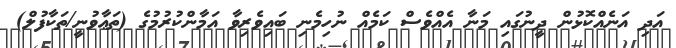
އަދި އަނެއްކޮޅުން ދީނުގައި މަނާ އެއްވެސް ކަމެއް ނުހިމެނި ބައިވެރިވާ އަމާންކުރުމުގެ (ތަޢާވުނީ/ތަކާފުލް)